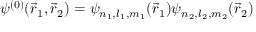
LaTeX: \psi ^ { ( 0 ) } ( { \vec { r } } _ { 1 } , { \vec { r } } _ { 2 } ) = \psi _ { n _ { 1 } , l _ { 1 } , m _ { 1 } } ( { \vec { r } } _ { 1 } ) \psi _ { n _ { 2 } , l _ { 2 } , m _ { 2 } } ( { \vec { r } } _ { 2 } )